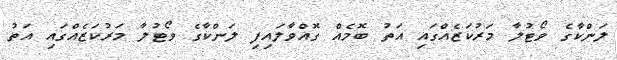
ލަންކާގެ ވޯޓުލާ މަރުކަޒެއްގައި އަތު ބޮމެއް ގޮއްވާލައިފި ލަންކާގެ ވޯޓުލާ މަރުކަޒެއްގައި އަތު